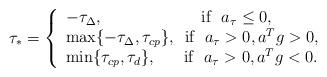
LaTeX: \begin{align*}\tau_{\ast}=\left\{\begin{array}{l}-\tau_{\Delta}, \ \ \ \ \ \ \ \ \ \ \ \ \ \ \ \ \ \ \mbox{if} \ \ a_{\tau} \leq 0,\\\max\{-\tau_{\Delta}, \tau_{cp}\}, \ \, \mbox{if} \ \ a_{\tau} > 0, a^Tg>0,\\\min\{\tau_{cp}, \tau_d\}, \ \ \ \ \ \mbox{if} \ \ a_{\tau} > 0, a^Tg<0.\end{array}\right.\end{align*}